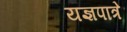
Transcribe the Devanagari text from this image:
यज्ञपात्रे